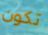
تكون